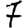
Digit: 7